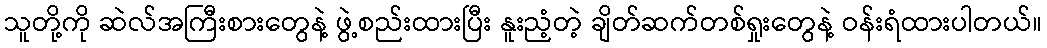
သူတို့ကို ဆဲလ်အကြီးစားတွေနဲ့ ဖွဲ့စည်းထားပြီး နူးညံ့တဲ့ ချိတ်ဆက်တစ်ရှုးတွေနဲ့ ဝန်းရံထားပါတယ်။